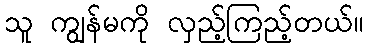
သူ ကျွန်မကို လှည့်ကြည့်တယ်။